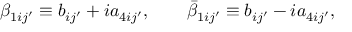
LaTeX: \beta _ { 1 i j ^ { \prime } } \equiv b _ { i j ^ { \prime } } + i a _ { 4 i j ^ { \prime } } , \qquad \bar { \beta } _ { 1 i j ^ { \prime } } \equiv b _ { i j ^ { \prime } } - i a _ { 4 i j ^ { \prime } } ,